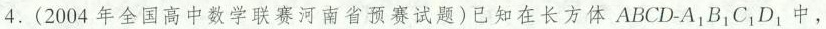
4.(2004年全国高中数学联赛河南省预赛试题)已知在长方体ABCD-A_{1}B_{1}C_{1}D_{1}中，